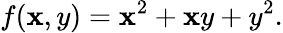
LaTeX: f(\mathbf{x},y)=\mathbf{x}^{2}+\mathbf{x}y+y^{2}.